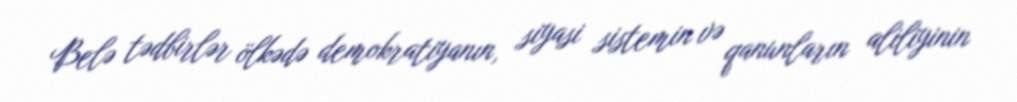
Belə tədbirlər ölkədə demokratiyanın, siyasi sistemin və qanunların aliliyinin